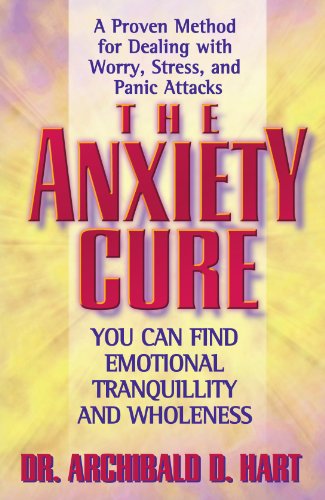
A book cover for The Anxiety Cure; Archibald Hart; Health, Fitness & Dieting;